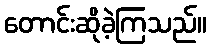
တောင်းဆိုခဲ့ကြသည်။